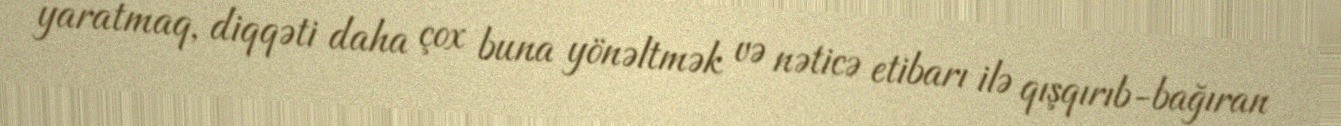
yaratmaq, diqqəti daha çox buna yönəltmək və nəticə etibarı ilə qışqırıb-bağıran